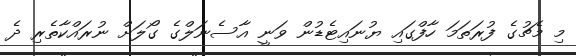
މި މެޗުގެ ފުރަތަމަ ހާފްގައި ޔުނައިޓެޑުން ވަނީ އާސެނަލްގެ ގޯލަށް ނުރައްކާތެރި ދެ